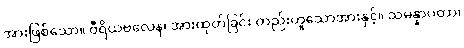
အားဖြစ်သော။ ဝီရိယဗလေန၊ အားထုတ်ခြင်း တည်းဟူသောအားနှင့်။ သမန္နာပတာ၊